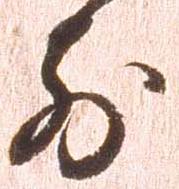
前